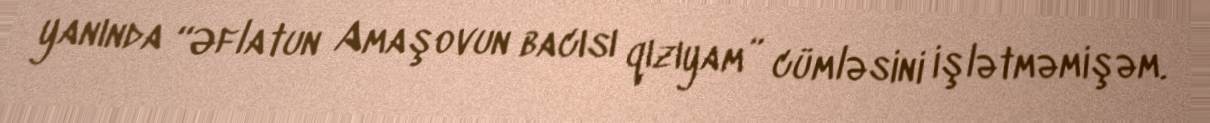
yanında “Əflatun Amaşovun bacısı qızıyam” cümləsini işlətməmişəm.